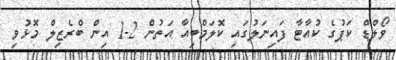
ވޯލްޑް ކަޕުގެ ކުއާޓާ ފައިނަލުގައި ކޮލަމްބިއާ އަތުން 2-1 އިން ބްރެޒިލް މޮޅުވި